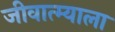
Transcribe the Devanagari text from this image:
जीवात्म्याला